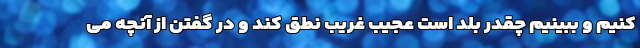
کنیم و ببینیم چقدر بلد است عجیب غریب نطق کند و در گفتن از آنچه می